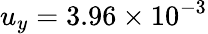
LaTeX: u_{y}=3.96\times 10^{-3}